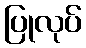
ပြုလုပ်